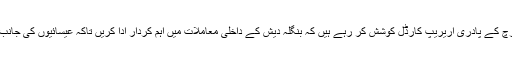
گزشتہ کئی سالوں سے ڈھاکہ کے کیتھولک چرچ کے پادری آریریپ کارڈل کوشش کر رہے ہیں کہ بنگلہ دیش کے داخلی معاملات میں اہم کردار ادا کریں تاکہ عیسائیوں کی جانب سے امن اور محبت کا پیغام عام کیا جاسکے ۔